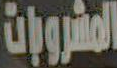
المشرووت